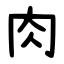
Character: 肉